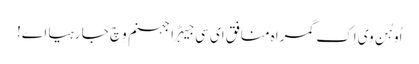
اُو ہُن وی اِک گمراہ منافق ای سی جیہڑا جہنم وِچ جا رہیا اے!